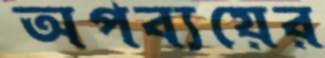
অপব্যয়ের